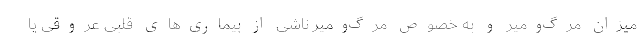
میزان مرگ‌ومیر و به خصوص مرگ‌ومیر ناشی از بیماری‌های قلبی عروقی یا